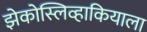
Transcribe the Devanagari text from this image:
झेकोस्लिव्हाकियाला